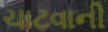
ચાટવાની